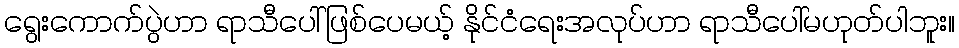
ရွေးကောက်ပွဲဟာ ရာသီပေါ်ဖြစ်ပေမယ့် နိုင်ငံရေးအလုပ်ဟာ ရာသီပေါ်မဟုတ်ပါဘူး။